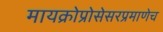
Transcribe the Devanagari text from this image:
मायक्रोप्रोसेसरप्रमाणेच